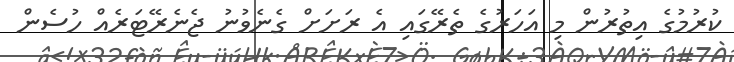
ކުރުމުގެ އިތުރުން މި އަހަރުގެ ތެރޭގައި އެ ރަށަށް ގެނެވުނު ޖެނެރޭޓަރެއް ހުސެން